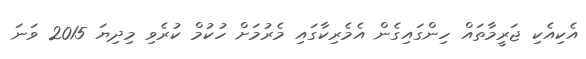
އެކިއެކި ޖަރީމާތައް ހިންގައިގެން އެމެރިކާގައި މެރުމަށް ހުކުމް ކުރެވި މިދިޔަ 2015 ވަނަ